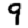
Digit: 9